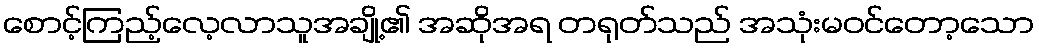
စောင့်ကြည့်လေ့လာသူအချို့၏ အဆိုအရ တရုတ်သည် အသုံးမဝင်တော့သော